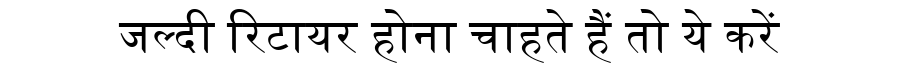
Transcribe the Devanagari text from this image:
जल्दी रिटायर होना चाहते हैं तो ये करें